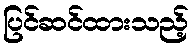
ပြင်ဆင်ထားသည့်